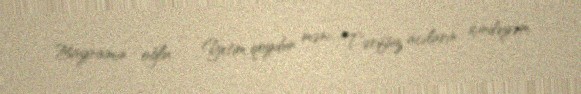
Bayramın oğlu ... Yetim qoydun məni... Tərifsiz acıların içindəyəm.